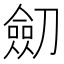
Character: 劎